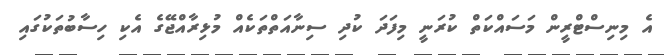
އެ މިނިސްޓްރީން މަސައްކަތް ކުރަނީ މިފަދަ ކުދި ސިނާއަތްތަކެއް މުޅިރާއްޖޭގެ އެކި ހިސާބުތަކުގައި